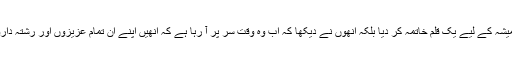
اس اعلان نے نہ صرف اس توقع کا ہمیشہ کے لیے یک قلم خاتمہ کر دیا بلکہ انھوں نے دیکھا کہ اب وہ وقت سر پر آ رہا ہے کہ انھیں اپنے ان تمام عزیزوں اور رشتہ داروں کے خلاف تلوار سونتنی پڑے گی۔